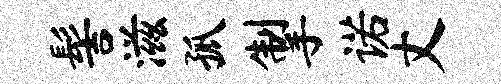
髻滋孤掣诺丈